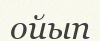
ойып